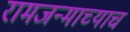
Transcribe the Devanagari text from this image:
रामजन्माच्याच